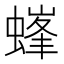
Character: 𧏢